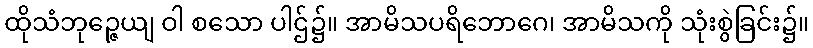
ထိုသံဘုဉ္ဇေယျ ဝါ စသော ပါဌ်၌။ အာမိသပရိဘောဂေ၊ အာမိသကို သုံးစွဲခြင်း၌။